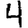
Digit: 4